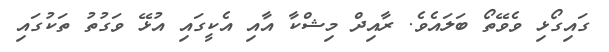
ގައިގޯޅި ވެވޭތޯ ބަލައެވެ. ރާއިދް މިޝްކާ އާއި އެކީގައި އުޅޭ ވަގުތު ތަކުގައި